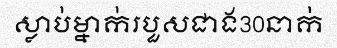
ស្លាប់ម្នាក់របួសជាង30នាក់